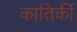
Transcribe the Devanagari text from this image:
कातिर्की